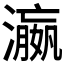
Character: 𬉑